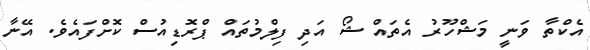
އެކްތާ ވަނީ މަޝްހޫރު އެތައް ޝޯ އަދި ފިލްމުތައް ޕްރޮޑިއުސް ކޮށްފައެވެ. އޭނާ